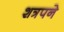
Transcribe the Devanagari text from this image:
शत्रपने